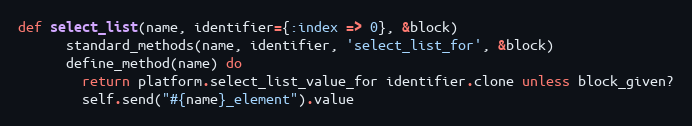
Language: Ruby
def select_list(name, identifier={:index => 0}, &block)
      standard_methods(name, identifier, 'select_list_for', &block)
      define_method(name) do
        return platform.select_list_value_for identifier.clone unless block_given?
        self.send("#{name}_element").value